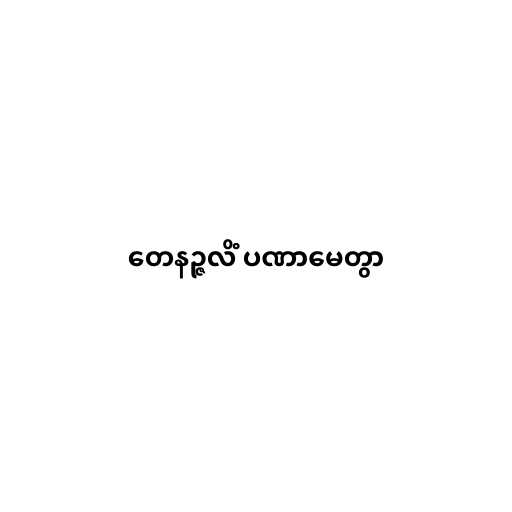
တေနဉ္ဇလိံ ပဏာမေတွာ